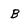
Character: b